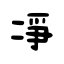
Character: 净